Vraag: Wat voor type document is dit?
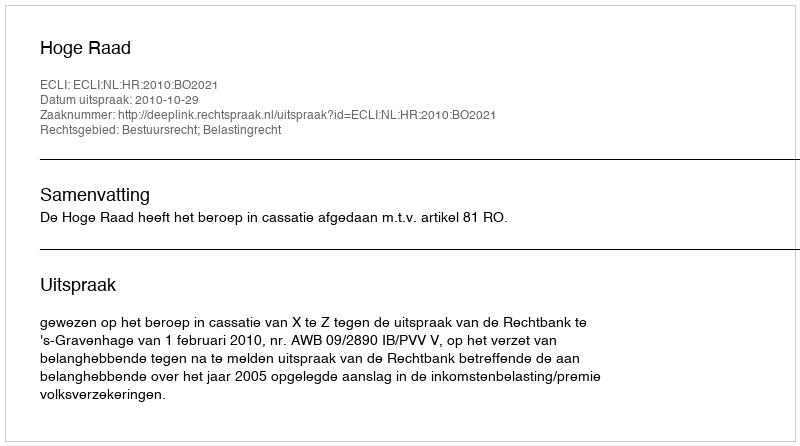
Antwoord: Uitspraak